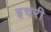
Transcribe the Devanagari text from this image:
इचरी